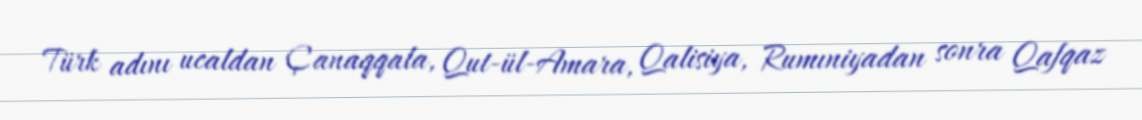
Türk adını ucaldan Çanaqqala, Qut-ül-Amara, Qalisiya, Rumıniyadan sonra Qafqaz